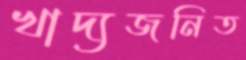
খাদ্যজনিত